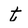
Character: t